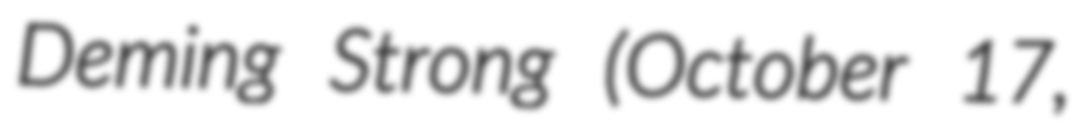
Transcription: Deming Strong (October 17,